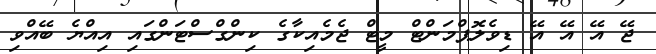
ޖޭ އޭ އޭ އޭ ޑިވެލޮޕްމަންޓް މީޓް ޖެމެއިކާގެ ކިންގްސްޓަންގައި އިއްޔެ ބޭއްވި